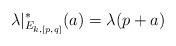
LaTeX: \begin{align*}\lambda|_{E_{k,[p,q]}}^*(a) = \lambda(p+a)\end{align*}